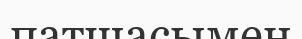
патшасымен